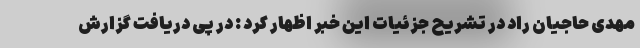
مهدی حاجیان راد در تشریح جزئیات این خبر اظهار کرد : در پی دریافت گزارش